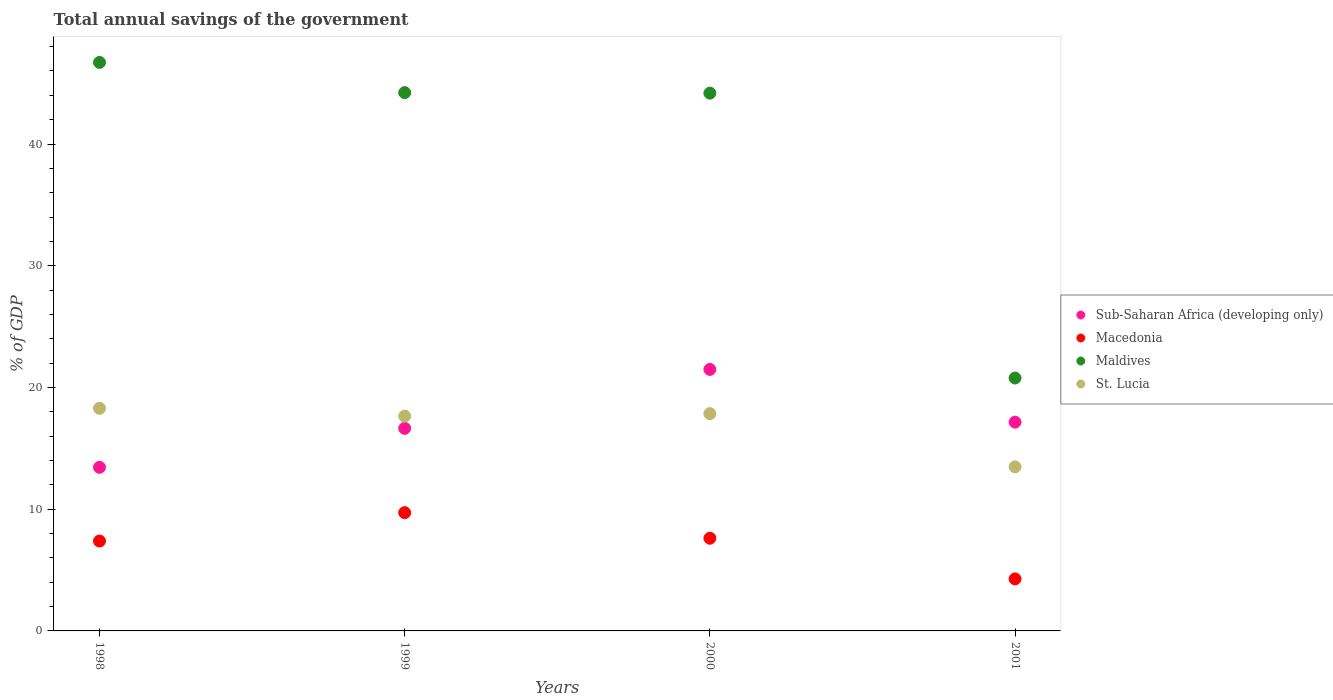
| Years | Sub-Saharan Africa (developing only) | Macedonia | Maldives | St. Lucia |
 | --- | --- | --- | --- | --- |
 | 1998 | 13.4 | 7.38 | 46.7 | 18.3 |
 | 1999 | 16.6 | 9.72 | 44.2 | 17.6 |
 | 2000 | 21.5 | 7.61 | 44.2 | 17.8 |
 | 2001 | 17.2 | 4.27 | 20.8 | 13.5 |